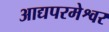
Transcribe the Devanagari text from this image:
आद्यपरमेश्वर